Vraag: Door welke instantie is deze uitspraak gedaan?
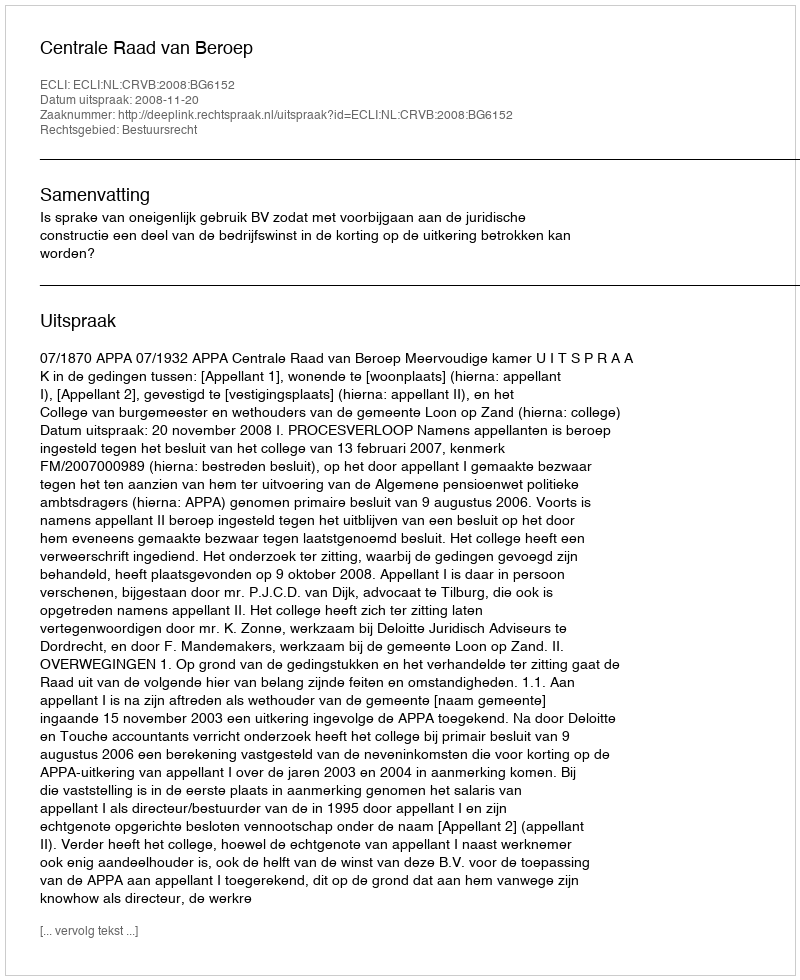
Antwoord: Centrale Raad van Beroep